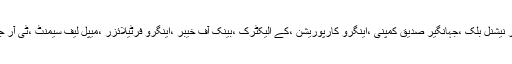
کاروبار کے لحاظ سے پاک الیکٹرون ،پاک انٹر نیشنل بلک ،جہانگیر صدیق کمپنی ،اینگرو کارپوریشن ،کے الیکٹرک ،بینک آف خیبر ،اینگرو فرٹیلائزر ،میپل لیف سیمنٹ ،ٹی آر جی لمیٹڈ اور فوجی گرٹیلائزر سرفہرست رہے ۔